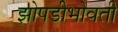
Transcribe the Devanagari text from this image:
झोपडीभोवती